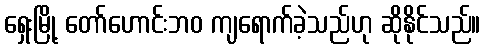
ရှေးမြို့ တော်ဟောင်းဘဝ ကျရောက်ခဲ့သည်ဟု ဆိုနိုင်သည်။